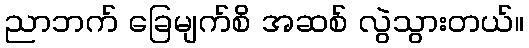
ညာဘက် ခြေမျက်စိ အဆစ် လွဲသွားတယ်။